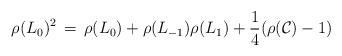
LaTeX: \begin{align*}\rho(L_0)^2 \,=\, \rho(L_0) + \rho(L_{-1})\rho(L_1)+ \frac14(\rho(\mathcal C)-1)\end{align*}